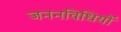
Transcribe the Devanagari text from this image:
जननविधियों